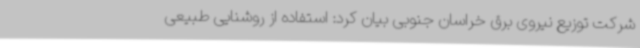
شرکت توزیع نیروی برق خراسان جنوبی بیان کرد: استفاده از روشنایی طبیعی